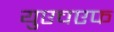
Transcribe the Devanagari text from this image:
युएचएफ